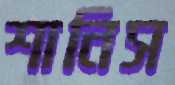
শানিস